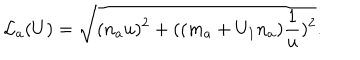
{ \cal L } _ { a } ( U ) = \sqrt { ( n _ { a } u ) ^ { 2 } + ( ( m _ { a } + U _ { 1 } n _ { a } ) \frac { 1 } { u } ) ^ { 2 } } . \nonumber